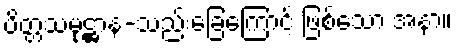
ပိတ္တသမုဋ္ဌာန-သည်းခြေကြောင့် ဖြစ်သော အနာ။